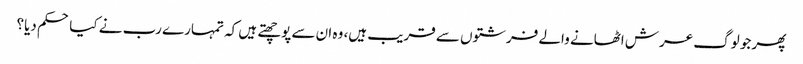
پھر جو لوگ عرش اٹھانے والے فرشتوں سے قریب ہیں، وہ ان سے پوچھتے ہیں کہ تمہارے رب نے کیا حکم دیا؟